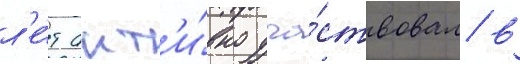
л'е́т акт'и́вно уча́ствовал в